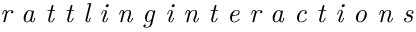
\textit { r a t t l i n g i n t e r a c t i o n s }